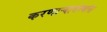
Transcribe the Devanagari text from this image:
करणाऱ्यासंस्थांना